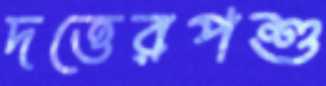
দত্তেরপশু